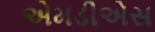
એમડીએસ